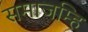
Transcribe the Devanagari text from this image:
समाजम्हि